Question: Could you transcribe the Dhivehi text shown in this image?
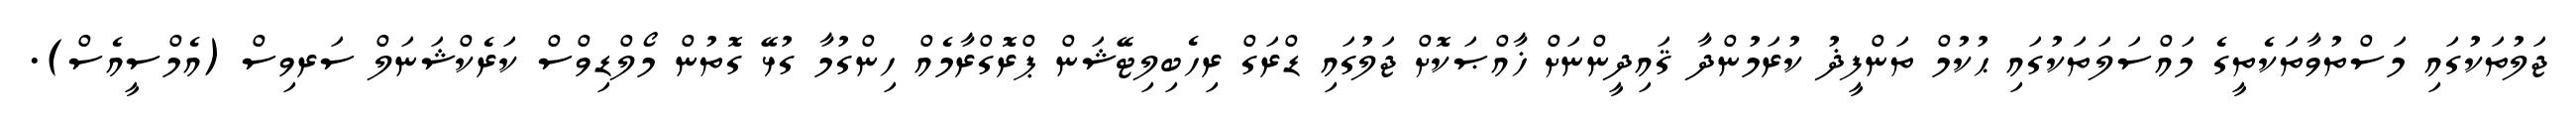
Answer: ޖަލުތަކުގައި މަސްތުވާތަކެތީގެ މައްސަލަތަކުގައި ޙުކުމް ތަންފީޛު ކުރަމުންދާ ޤައިދީންނަށް ޚާއްޞަކޮށް ޖަލުގައި ޑްރަގް ރިހެބިލިޓޭޝަން ޕްރޮގްރާމެއް ހިންގުމާ ގުޅޭ ގޮތުން މޯލްޑިވްސް ކަރެކްޝަނަލް ސަރވިސް (އެމްސީއެސް).